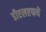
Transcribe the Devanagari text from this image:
डीएलएफचे